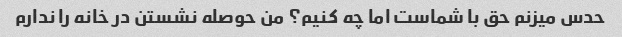
حدس میزنم حق با شماست اما چه کنیم؟ من حوصله نشستن در خانه را ندارم